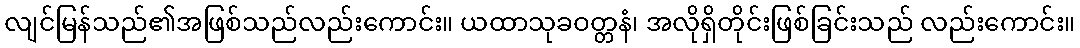
လျင်မြန်သည်၏အဖြစ်သည်လည်းကောင်း။ ယထာသုခဝတ္တနံ၊ အလိုရှိတိုင်းဖြစ်ခြင်းသည် လည်းကောင်း။